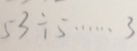
5 3 \div 5 \cdots 3